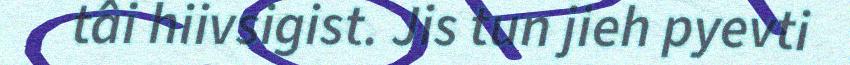
tâi hiivsigist. Jis tun jieh pyevti